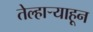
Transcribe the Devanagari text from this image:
तेल्हाऱ्याहून